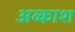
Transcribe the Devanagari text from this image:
अव्काश